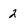
Character: 2